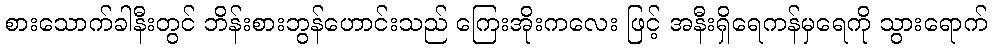
စားသောက်ခါနီးတွင် ဘိန်းစားဘွန်ဟောင်းသည် ကြေးအိုးကလေး ဖြင့် အနီးရှိရေကန်မှရေကို သွားရောက်